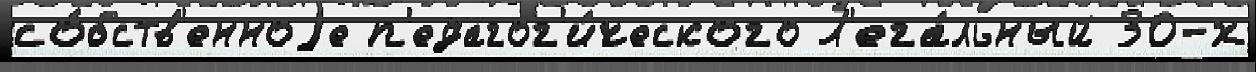
со́бств'енноjе п'едагог'и́ческого Л'ега́льный 30-х